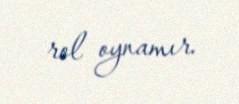
rol oynamır.